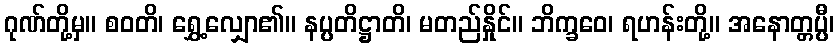
ဂုဏ်တို့မှ။ စဝတိ၊ ရွှေ့လျှော၏။ နပ္ပတိဋ္ဌာတိ၊ မတည်နှိုင်။ ဘိက္ခဝေ၊ ရဟန်းတို့။ အနောတ္တပ္ပီ၊